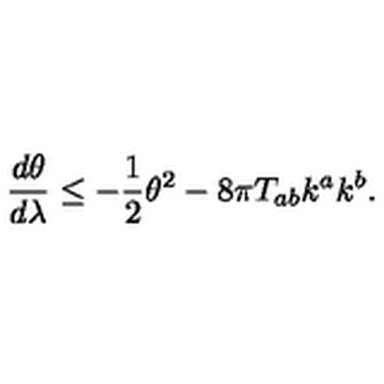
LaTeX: \frac { d \theta } { d \lambda } \leq - \frac { 1 } { 2 } \theta ^ { 2 } - 8 \pi T _ { a b } k ^ { a } k ^ { b } .